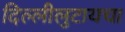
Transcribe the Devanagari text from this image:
दिल्लीलुटायचा